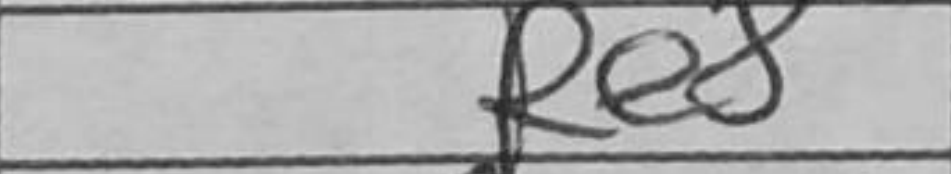
Transcription: Re8